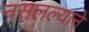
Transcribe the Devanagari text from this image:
नसलल्याने